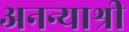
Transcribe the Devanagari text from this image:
अनन्याश्री